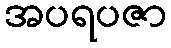
အပရပဇာ